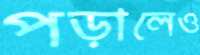
পড়ালেও